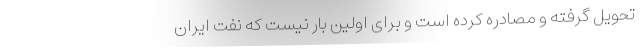
تحویل گرفته و مصادره کرده است و برای اولین بار نیست که نفت ایران